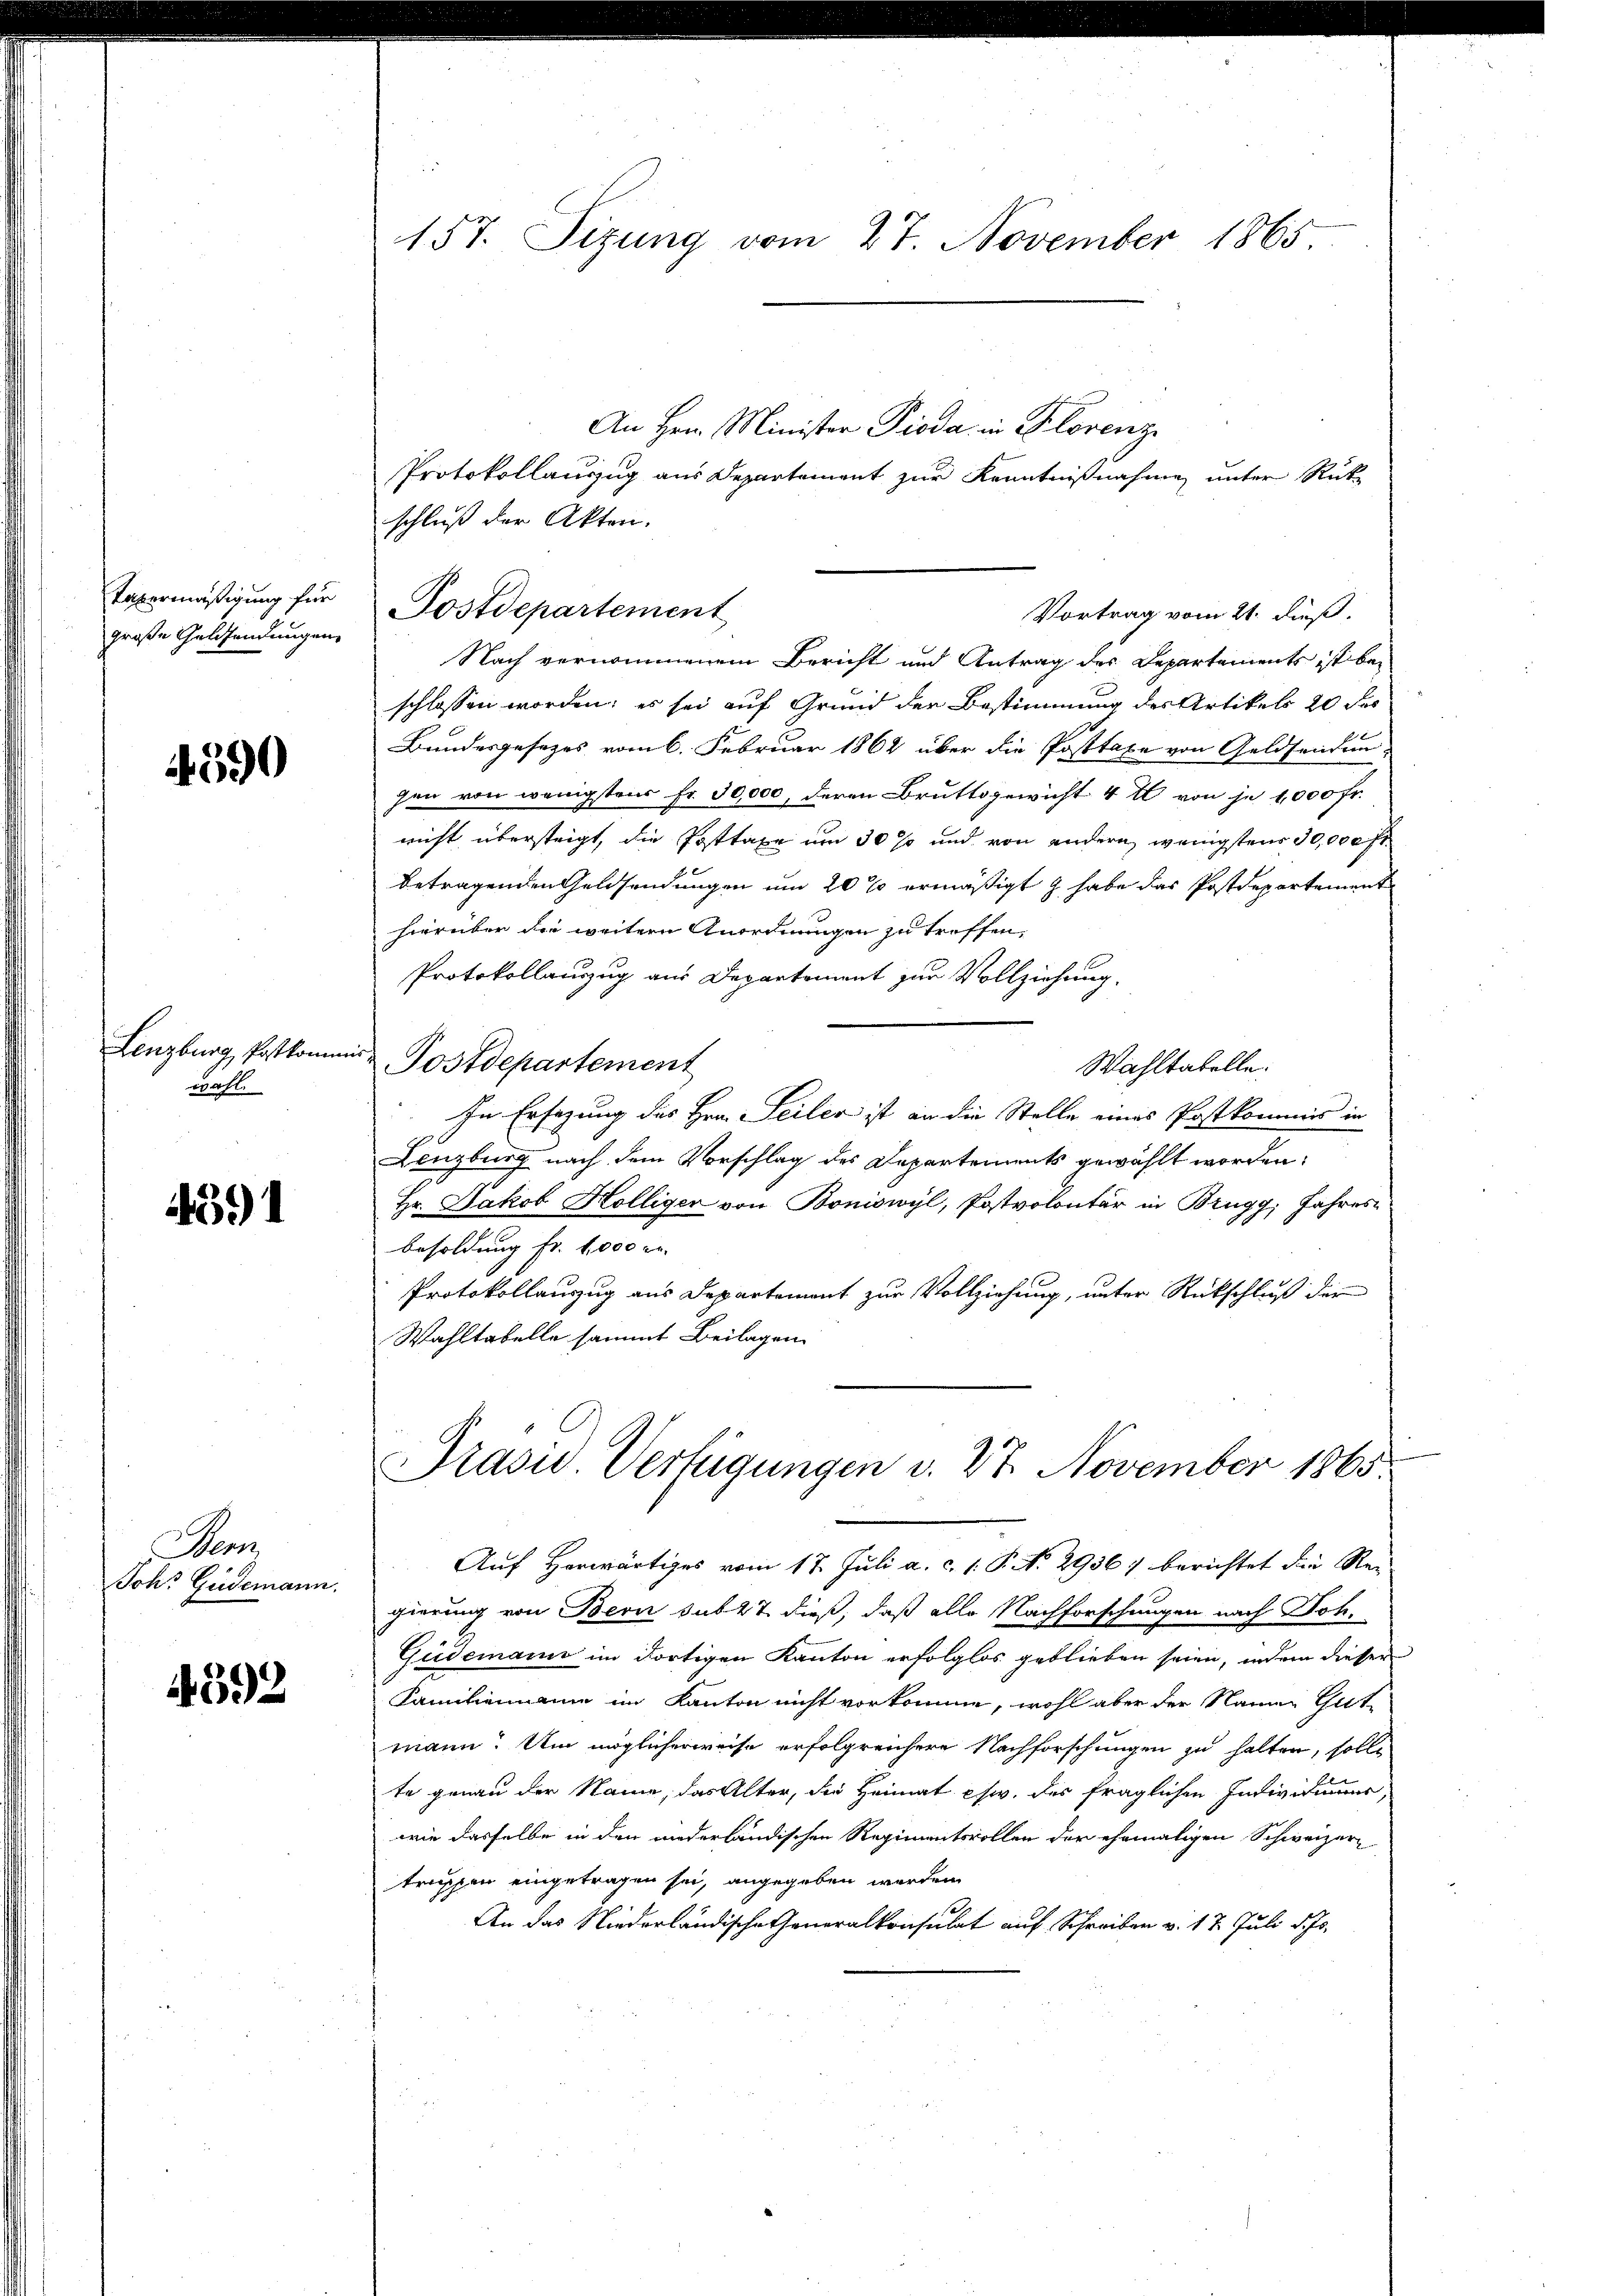
Tabermäßigung für
große Geldsendungen

4390

Lenzburg, Postkommen
wahl.

4591

Man
Ichr Gudemann.

4592

157. Sizung vom 27. November 1865

An Hrn. Minister Pioda in Florenze
Protokollauszug aus Departement zur Kenntnißnahme unter Rücke
schluß der Akten.
Postdepartement
Vortrag vom 21. dieß.
Nach vernommenem Bericht und Antrag der Departements ist bei
schlossen worden; es sei auf Grund der Bestimmung des Artikels 20 des
Bundesgesezes vom 6. Februar 1862 über die Posttaxe von Geldsendun-
gen von wenigsten Fr. 30,000, deren Bruttogewicht 4 t von je 1000 Fr.
nicht übersteigt, die Posttaxe um 30 so und von andern, wenigstens 30,000 fl.
betragenden Geldsendungen um 20 % ermäßigt & habe das Postdepartement
hierüber die weitern Anordnungen zu treffen,
Protokollauszug aus Departement zur Vollziehung.
Postdepartement
Wahltabelle.
In Ersezung des Hrn. Seiler ist an die Stelle eines Postkommis in
Lenzburg nach dem Vorschlag des Departements gewählt worden:
Hr. Jakob Hölliger von Boniswyl, Postvolontär in Brugg, Jahres
besoldung fr. 1,000 er
Protokollanzug aus Departement zur Vollziehung, unter Rückschluß der
Wahltabelle sammt Beilagen
Drasu. Verfügungen v. 27. November 1865
Auf Horwärtiges vom 17. Juli a. c. 1. P. No 2936) berichtet die Rei
gierung von Bern sub 27. dieß, daß alle Nachforschungen nach Joh¬
Güdemann im dortigen Kanton erfolglos geblieben seien, indem dieser
Familienmanne im Kanton nicht vorkomme, wohl aber der Namen Gutmann. Um möglicherweise erfolgrenhere Nachforschungen zu halten, solle
te genau der Name, das Alter, der Heimat esw. der fraglichen Indivisumer
wie dasselbe in den niderländischen Regimentsvollen der ehemaligen Schweizern
truppen eingetragen sei, angegeben werden.
An das Niederländischeheneralkonsulat auf Schreiben v. 17. Juli d. Js.